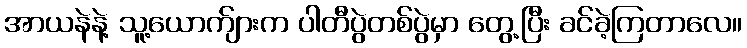
အာယနဲနဲ့ သူ့ယောက်ျားက ပါတီပွဲတစ်ပွဲမှာ တွေ့ပြီး ခင်ခဲ့ကြတာလေ။